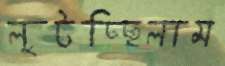
লুটচ্ছিলাম